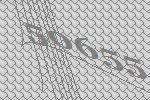
50655